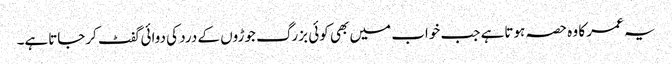
یہ عمر کا وہ حصہ ہوتاہے جب خواب میں بھی کوئی بزرگ جوڑوں کے درد کی دوائی گفٹ کرجاتاہے۔